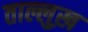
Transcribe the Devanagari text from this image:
ताल्लुख़